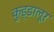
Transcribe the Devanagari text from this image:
कुड्डालूर